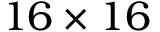
1 6 \times 1 6